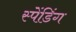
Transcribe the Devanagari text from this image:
स्पेंडिंग